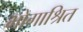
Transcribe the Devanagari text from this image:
भोगाश्रित